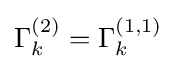
\Gamma _{k}^{(2)}=\Gamma _{k}^{(1,1)}